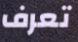
تعرف